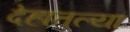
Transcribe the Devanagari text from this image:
देहातल्या